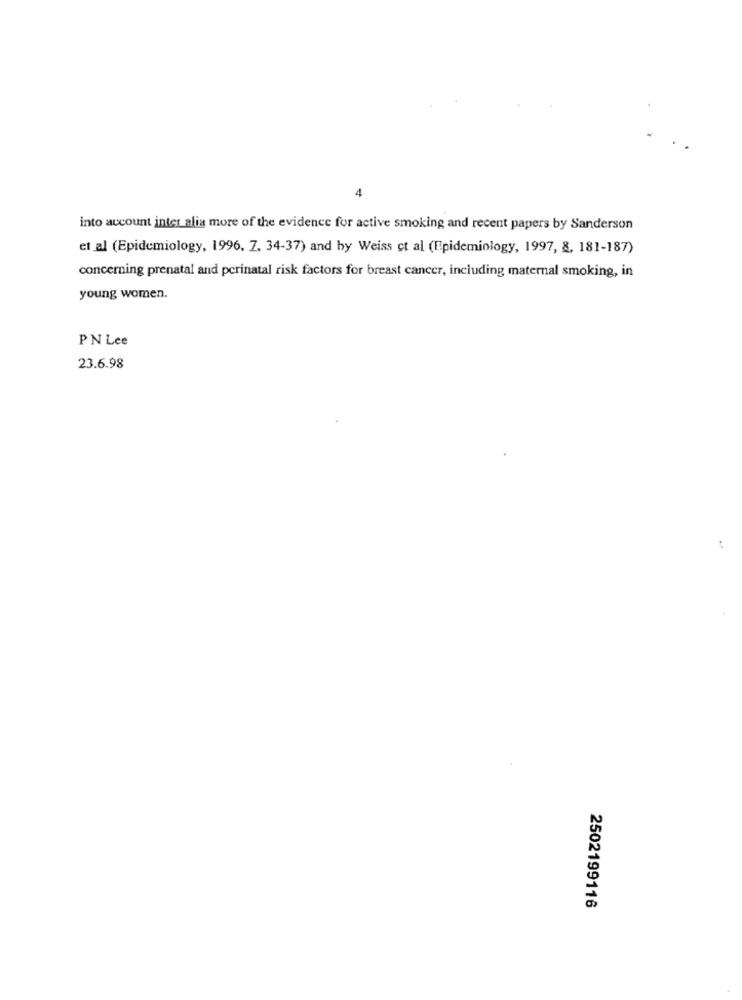
4
into account inter alia more of the evidence for active smoking and recent papers by Sanderson
et al (Epidemiology, 1996. 7. 34-37) and by Weiss ct al (Epidemiology, 1997, 8, 181-187)
concerning prenatal and perinatal risk factors for breast cancer, including maternal smoking, in
young women.
PN Lee
23.6.98
2502199116